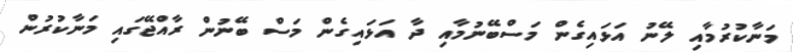
މަނާކުރުމާއި ލޭނު އަޅައިގެން މަސްބޭނުމާއި ދާ އަޅައިގެން މަސް ބޭނުން ރާއްޖޭގައި މަނާކުރުން